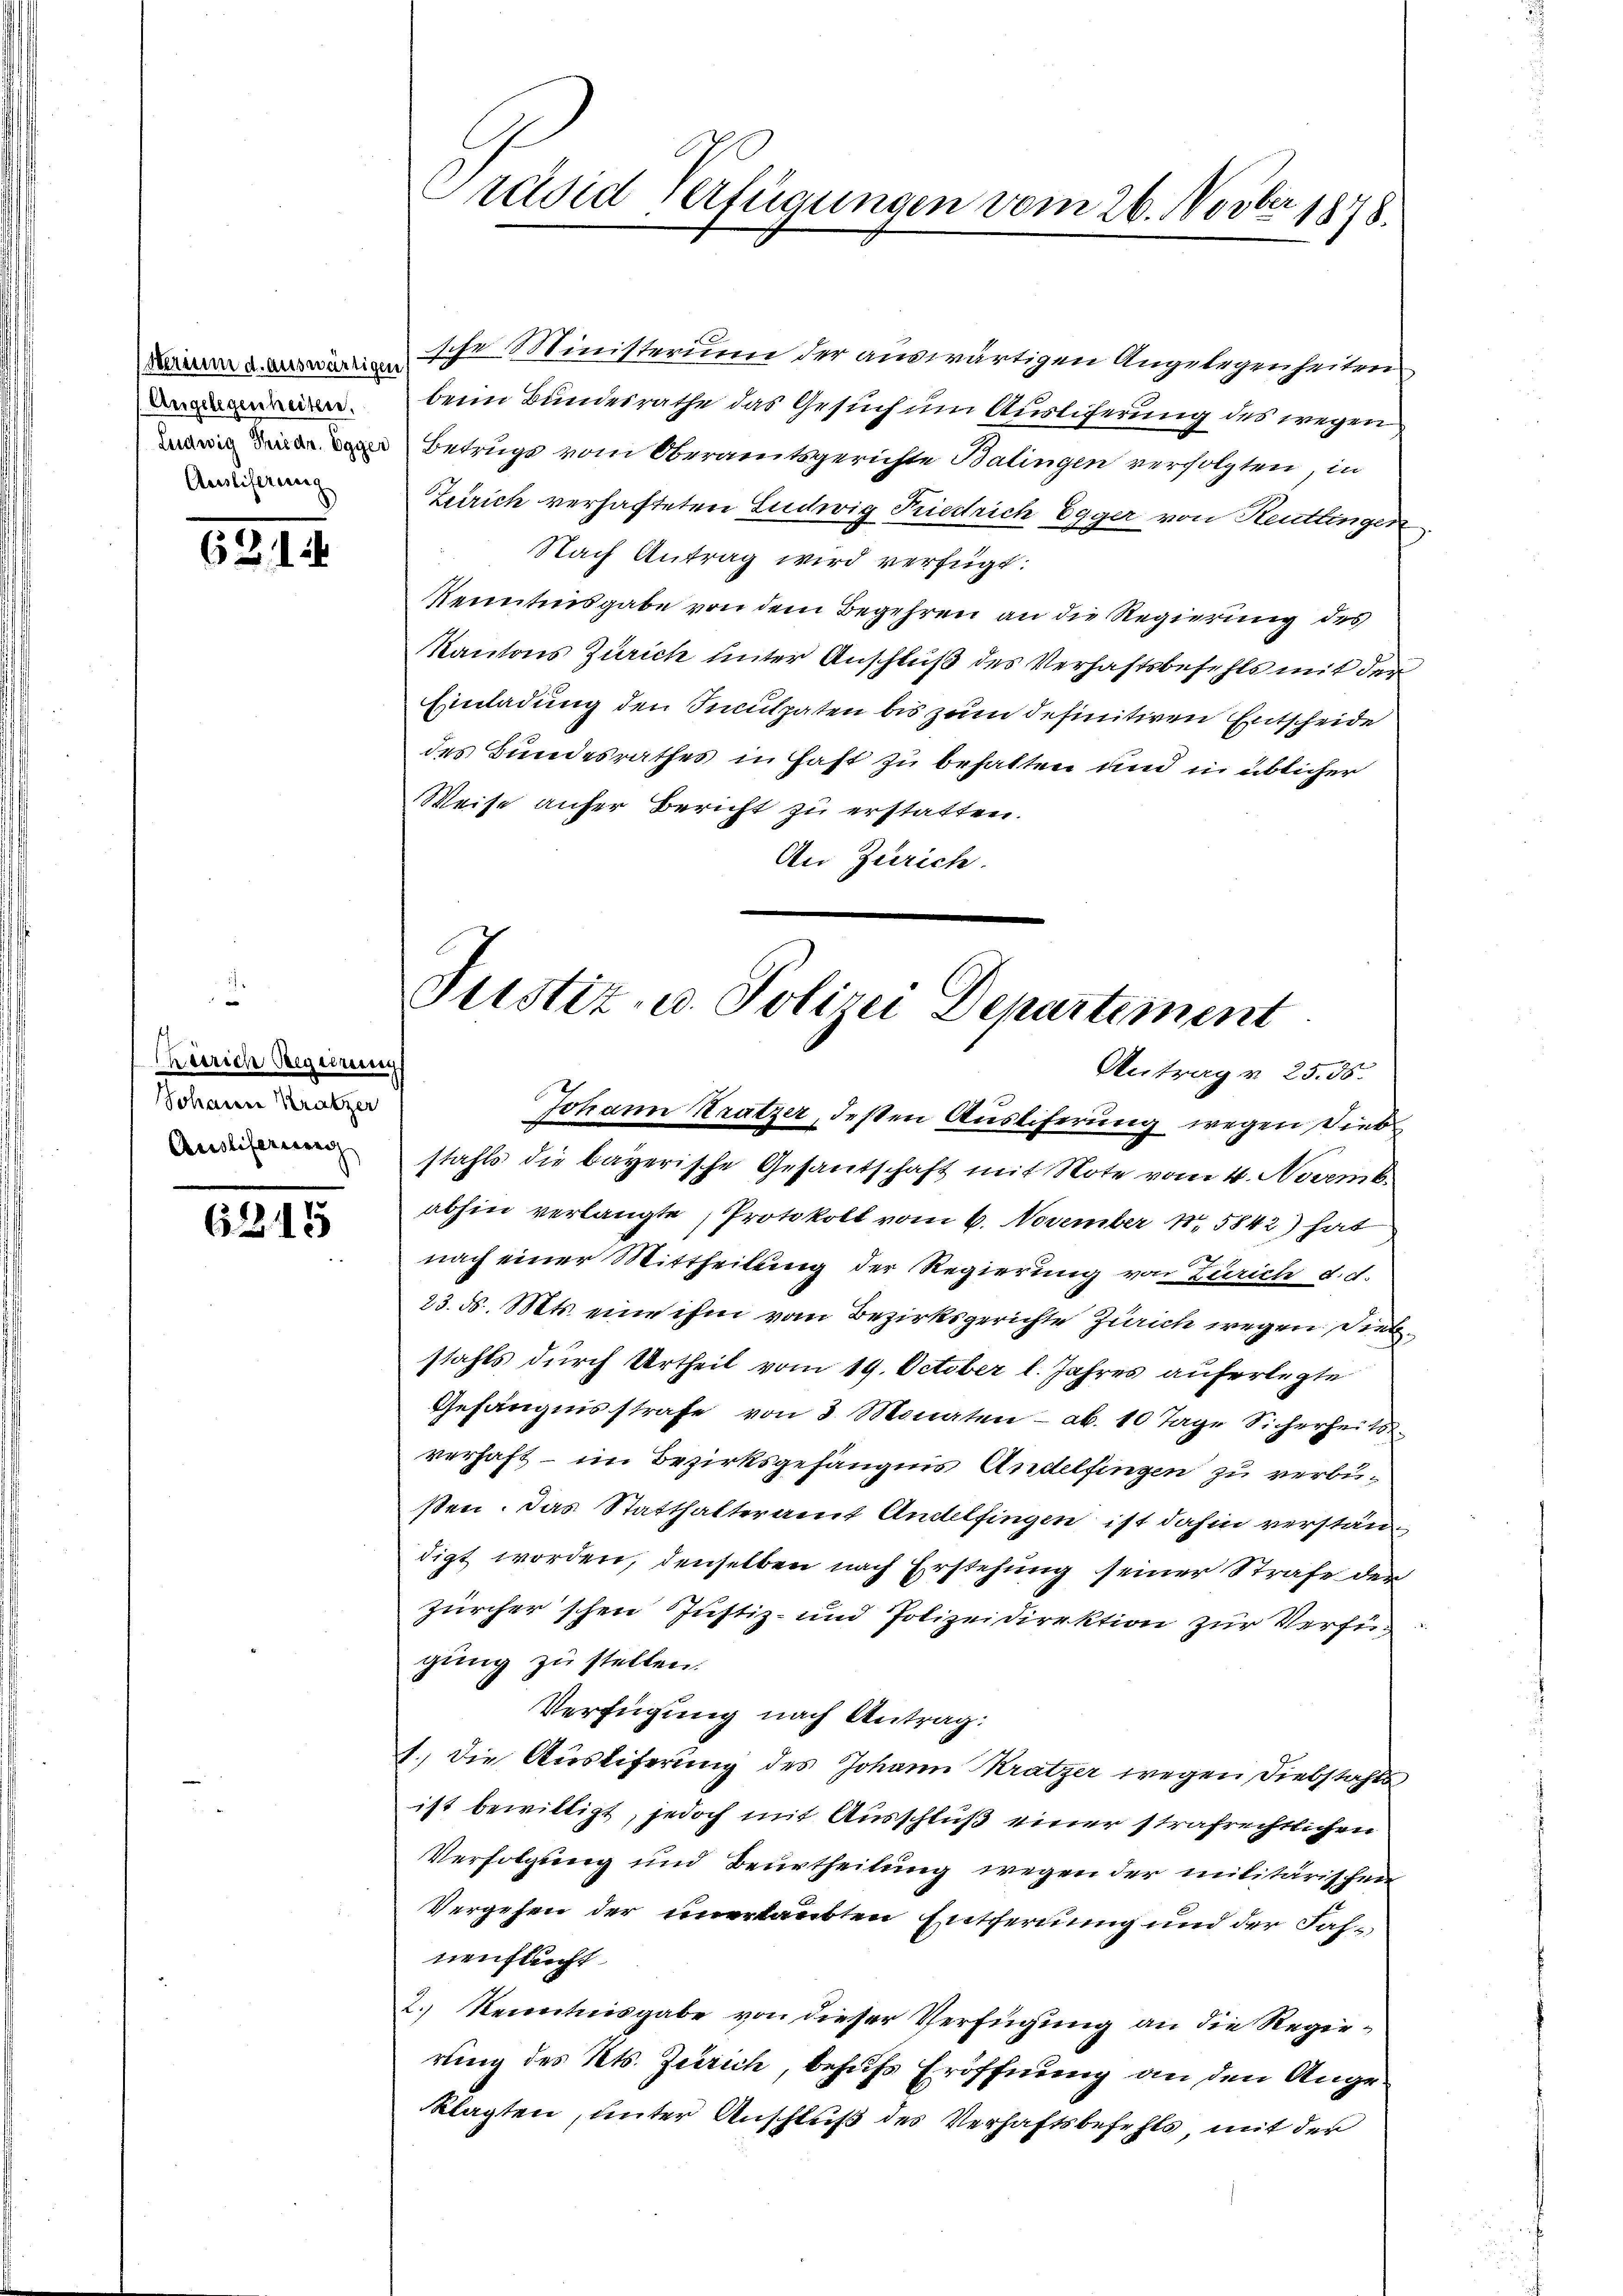
Angelegenheiter.
Auslieferung

62114

Zürich Regierung
Johann Kratzer
Auslieferung

6215

bi
Präsiderfügungen vom 26. Novbr. 1878.

Ihr Ministerin der auswärtigen Angelegenheiten
beim Bundesrathe das Gesuch um Ausliferung des wegen
 Betrugs vom Oberamtsgerichte Balingen verfolgten, in
Zürich verhafteten Ludwig Friedrich Egger von Reutlingen
Nach Antrag wird verfügt:
Kenntnisgabe von dem Begehren an die Regierung des
Kantons Zürich unter Anschluß des Verhaftsbefehls mit der
Einladung den Inculpaten bis zum definitiven Entscheide
des Bundesrathes in Hast zu behalten und in üblicher
Weise anfer Bericht zu erstatten.
An Zürich.

Justiz- u. Polizei Departement
Antrag v. 25. 56.

Johann Krätzer, deßen Ausliferung wegen Diebstahls die bayerische Gesandschaft mit Note vom 4. Novemb.
abhin verlangte Protokoll vom 6. November 15842) hat
nach einer Mittheilung der Regierung von Zürich d. d.
23. ds. Mts. eine ihm vom Bezirksgerichte Zürich wegen Diebstahls durch Urtheil vom 19. October l. Jahres auferlegte
Gefängnisstrafe von 3 Monaten - ab. 10 Tage Sicherheits
verhaft – im Bezirksgefängnis Andelfingen zu verbußen. Das Statthalteramt Andelfingen ist dahin verständigt worden, denselben nach Erstehung seiner Strafe der
zürcher'schen Justiz- und Polizeidirektion zur Verfügung zu stellen.
Verfügung nach Antrag:
1.) Die Ausliferung des Johann Krätzer wegen Diebstahls
ist bewilligt, jedoch mit Ausschluß einer strafrechtlichen
Verfolgung und Beurtheilung wegen der militärischen
Vergehen der unerlaubten Entfernung und der Fahnenflucht
2.) Kenntnisgabe von dieser Verfügung an die Regierung des Kts. Zürich, behufs Eröffnung an den Angeklagten, unter Anschluß des Verhaftsbefehls, mit der